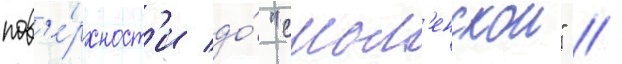
пов'е́рхност'и до́ "смол'енскои" //